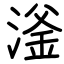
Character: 滏